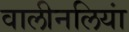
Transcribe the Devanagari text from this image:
वालीनलियां